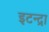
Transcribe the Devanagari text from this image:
इटन्द्रा